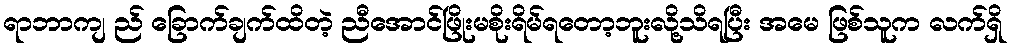
ရာဘာကျ ည် ခြောက်ချက်ထိတဲ့ ညီအောင်ဖြိုးမစိုးရိမ်ရတော့ဘူးလို့သိရပြီး အမေ ဖြစ်သူက လက်ရှိ